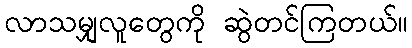
လာသမျှလူတွေကို ဆွဲတင်ကြတယ်။